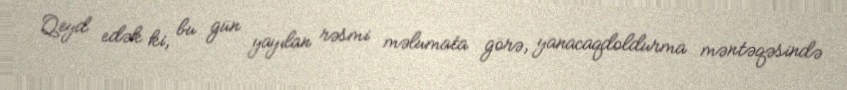
Qeyd edək ki, bu gün yayılan rəsmi məlumata görə, yanacaqdoldurma məntəqəsində